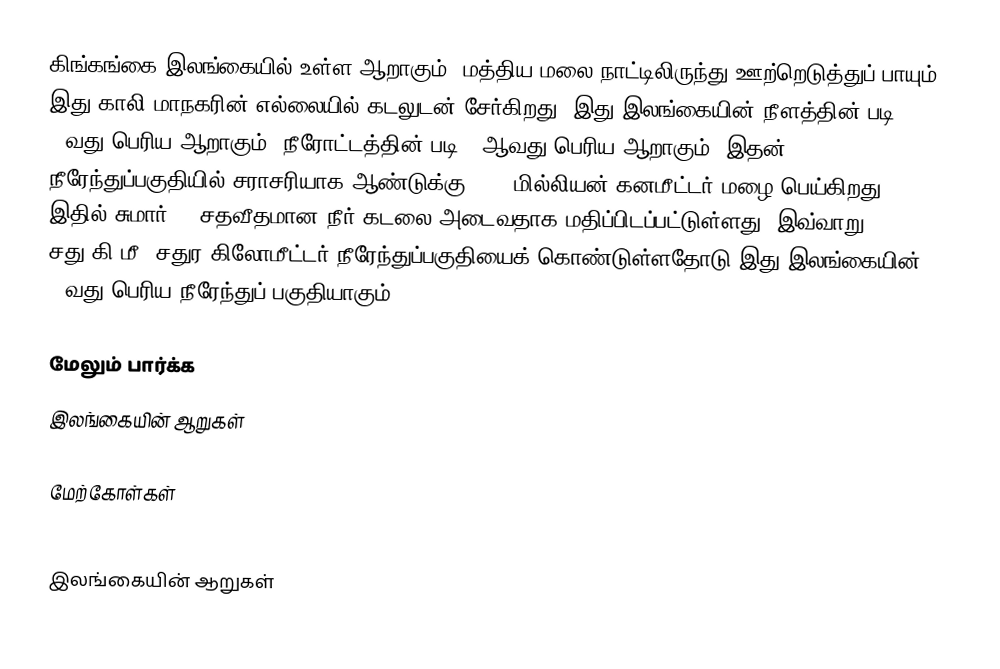
கிங்கங்கை இலங்கையில் உள்ள ஆறாகும். மத்திய மலை நாட்டிலிருந்து ஊற்றெடுத்துப் பாயும் இது காலி மாநகரின் எல்லையில் கடலுடன் சேர்கிறது. இது இலங்கையின் நீளத்தின் படி 14வது பெரிய ஆறாகும், நீரோட்டத்தின் படி  4 ஆவது பெரிய  ஆறாகும். இதன் நீரேந்துப்பகுதியில் சராசரியாக ஆண்டுக்கு 3396 மில்லியன் கனமீட்டர் மழை பெய்கிறது, இதில் சுமார் 59 சதவீதமான நீர் கடலை அடைவதாக மதிப்பிடப்பட்டுள்ளது. இவ்வாறு 922 சது.கி.மீ. சதுர கிலோமீட்டர் நீரேந்துப்பகுதியைக் கொண்டுள்ளதோடு இது இலங்கையின் 19வது பெரிய நீரேந்துப் பகுதியாகும்.

மேலும் பார்க்க
 இலங்கையின் ஆறுகள்

மேற்கோள்கள்

இலங்கையின் ஆறுகள்